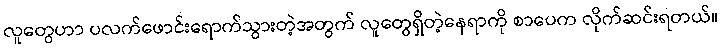
လူတွေဟာ ပလက်ဖောင်းရောက်သွားတဲ့အတွက် လူတွေရှိတဲ့နေရာကို စာပေက လိုက်ဆင်းရတယ်။